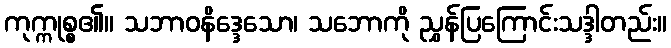
ကုက္ကုစ္စ၏။ သဘာဝနိဒ္ဒေသော၊ သဘောကို ညွှန်ပြကြောင်းသဒ္ဒါတည်း။